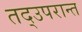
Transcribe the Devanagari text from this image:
तद्उपरान्त